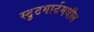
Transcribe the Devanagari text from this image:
स्टुटगार्टमधील